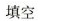
填空